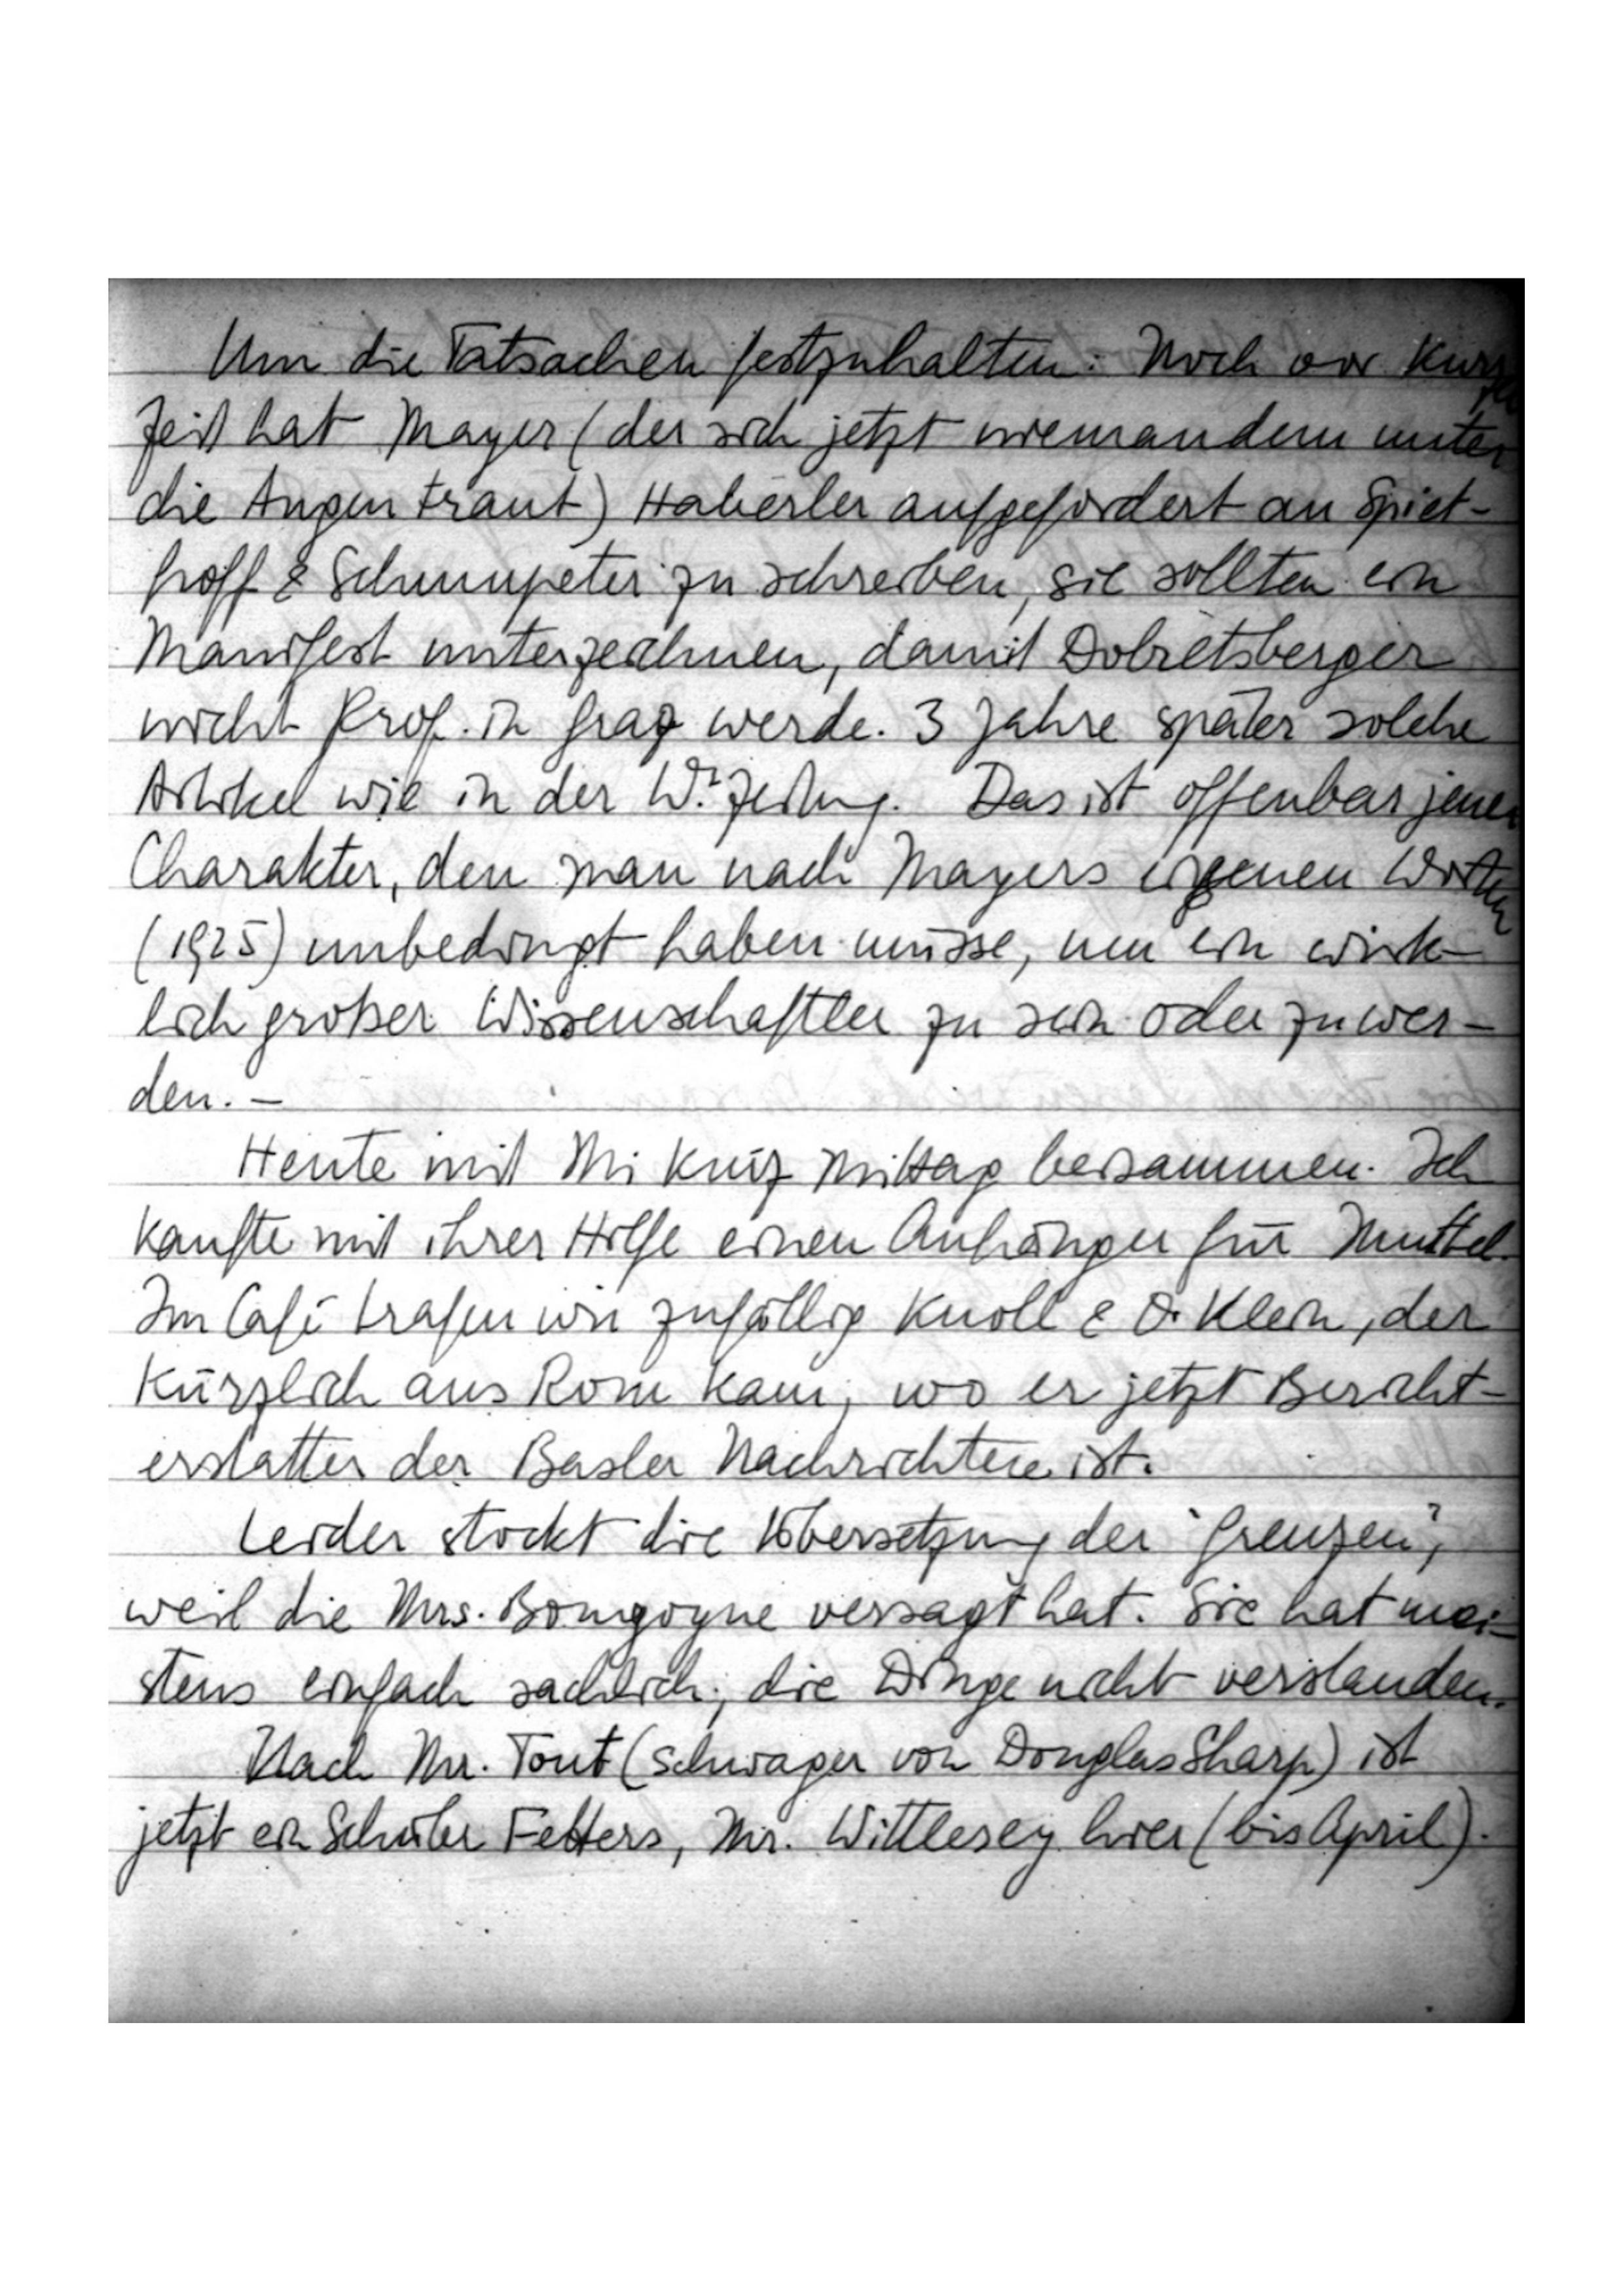
Um die Tatsachen festzuhalten: Noch vor kurzer
Zeit hat Mayer (der sich jetzt niemandem unter
die Augen traut) Haberler aufgefordert an Spiet
hoff & Schumpeter zu schreiben, sie sollten ein
Manifest unterzeichnen, damit Dobretsberger
nicht Prof. in Graz werde. 3 Jahre später solche
Artikel wie in der Wr. Zeitung. Das ist offenbar jener
Charakter, den man nach Mayers eigenen Worten
(1925) unbedingt haben müsse, um ein wirk
lich großer Wissenschaftler zu sein oder zu wer
den. -
Heute mit Mi kurz Mittag beisammen. Ich
kaufte mit ihrer Hilfe einen Anhänger für Muttel
Im Cafe trafen wir zufällig Knoll & Dr. Klein, der
kürzlich aus Rom kam, wo er jetzt Bericht
erstatter der Basler Nachrichten ist.
Leider stockt die Übersetzung der „Grenzen“,
weil die Mrs. Bongoyne versagt hat. Sie hat mei
stens einfach sachlich, die Dinge nicht verstanden.
Nach Mr. Tont (Schwager von Douglas Sharp) ist
jetzt ein Schüler Fetters, Mr. Wittlesey hier (bis April).